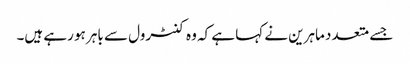
جسے متعدد ماہرین نے کہا ہے کہ وہ کنٹرول سے باہر ہو رہے ہیں۔